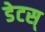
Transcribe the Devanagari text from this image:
डेटस्‌